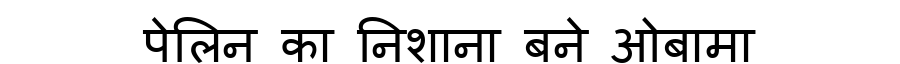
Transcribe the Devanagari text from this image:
पेलिन का निशाना बने ओबामा